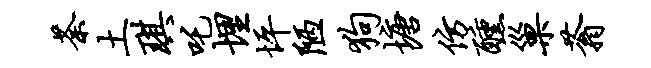
荼土琪吒埋坪陋狗塘仿醺巢蓊